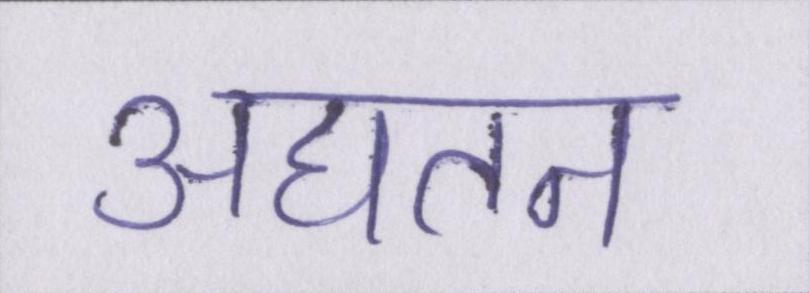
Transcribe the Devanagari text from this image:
अद्यतन